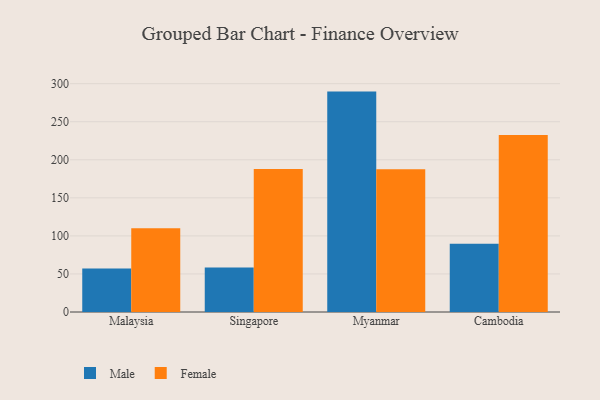
{"axis": {"x": "Country", "y": "Revenue (USD Million)"}, "legend": ["Female", "Male"], "data": [{"x": "Malaysia", "y": 57.1, "type": "Male"}, {"x": "Malaysia", "y": 109.9, "type": "Female"}, {"x": "Singapore", "y": 58.6, "type": "Male"}, {"x": "Singapore", "y": 187.8, "type": "Female"}, {"x": "Myanmar", "y": 289.6, "type": "Male"}, {"x": "Myanmar", "y": 187.7, "type": "Female"}, {"x": "Cambodia", "y": 89.8, "type": "Male"}, {"x": "Cambodia", "y": 232.5, "type": "Female"}]}